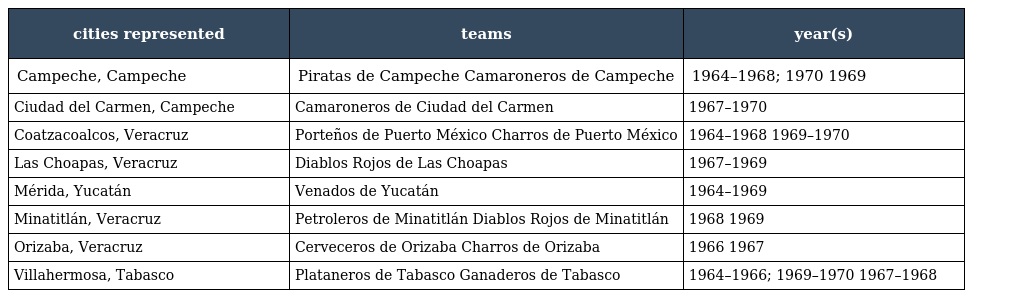
| cities represented | teams | year(s) |
 | --- | --- | --- |
 | Campeche, Campeche | Piratas de Campeche Camaroneros de Campeche | 1964–1968; 1970 1969 |
 | Ciudad del Carmen, Campeche | Camaroneros de Ciudad del Carmen | 1967–1970 |
 | Coatzacoalcos, Veracruz | Porteños de Puerto México Charros de Puerto México | 1964–1968 1969–1970 |
 | Las Choapas, Veracruz | Diablos Rojos de Las Choapas | 1967–1969 |
 | Mérida, Yucatán | Venados de Yucatán | 1964–1969 |
 | Minatitlán, Veracruz | Petroleros de Minatitlán Diablos Rojos de Minatitlán | 1968 1969 |
 | Orizaba, Veracruz | Cerveceros de Orizaba Charros de Orizaba | 1966 1967 |
 | Villahermosa, Tabasco | Plataneros de Tabasco Ganaderos de Tabasco | 1964–1966; 1969–1970 1967–1968 |